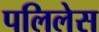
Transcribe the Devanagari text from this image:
पलिलेस